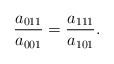
\begin{align*}\frac{a_{011}}{a_{001}} = \frac{a_{111}}{a_{101}}.\end{align*}